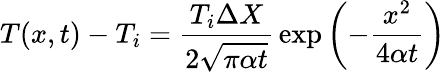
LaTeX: T(x,t)-T_{i}={\frac{T_{i}\Delta X}{2{\sqrt{\pi\alpha t}}}}\exp\left(-{\frac{x^{2}}{4\alpha t}}\right)